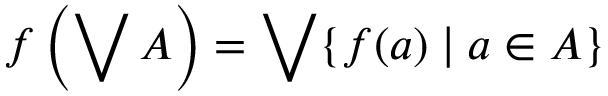
f \left( \bigvee A \right) = \bigvee \{ f ( a ) \mid a \in A \}